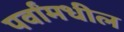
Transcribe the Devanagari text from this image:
पर्वांमधील